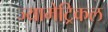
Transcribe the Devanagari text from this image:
ज्यामेट्रिकल